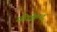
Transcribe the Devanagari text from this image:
फ़्रीक्वेंट